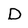
Character: D